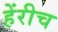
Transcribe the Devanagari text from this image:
हेंरीच